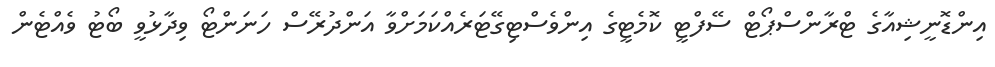
އިންޑޮނީޝިއާގެ ޓްރާންސްޕޯޓް ސޭފްޓީ ކޮމެޓީގެ އިންވެސްޓިގޭޓަރެއްކަމަށްވާ އަންދުރޭސް ހަނަންޓޯ ވިދާޅުވީ ބޯޓު ވެއްޓެން